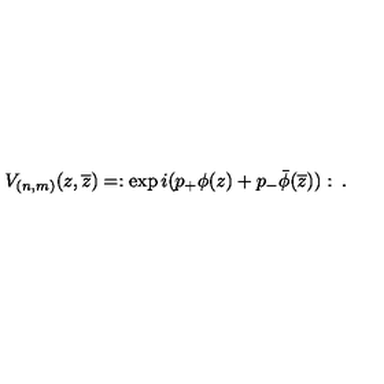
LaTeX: V _ { ( n , m ) } ( z , \overline { { z } } ) = : \exp i ( p _ { + } \phi ( z ) + p _ { - } \bar { \phi } ( \overline { { z } } ) ) : \: .